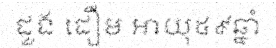
ដួង ដឿម អាយុ៥៩ឆ្នាំ